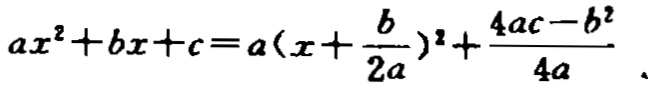
\(ax^{2}+bx + c=a(x+\frac{b}{2a})^{2}+\frac{4ac - b^{2}}{4a}\)